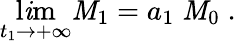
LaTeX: \operatorname*{l\mathit{i}m}_{t_{1}\rightarrow+\infty}{\cal{\mathit{M}}}_{1}=a_{1}\; {\cal{\mathit{M}}}_{0}\; .